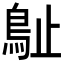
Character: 𣦘